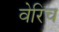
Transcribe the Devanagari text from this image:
वेरिच